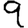
Digit: 9